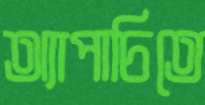
অ্যাপাচিতে